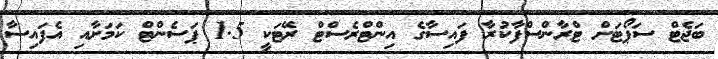
ބަޖެޓް ސަޕޯޓަށް ޓްރާންސްފާކުރާ ފައިސާގެ އިންޓްރެސްޓް ރޭޓަކީ 1.5 ޕަސެންޓް ކަމަށާއި އެފައިސާ